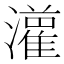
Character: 𤂦